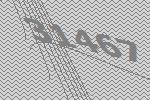
31467